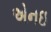
એનઇ